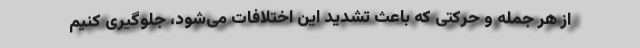
از هر جمله و حرکتی که باعث تشدید این اختلافات می‌شود، جلوگیری کنیم